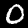
Digit: 0